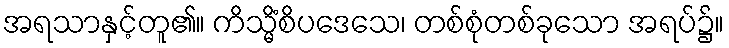
အရသာနှင့်တူ၏။ ကိသ္မိံစိပဒေသေ၊ တစ်စုံတစ်ခုသော အရပ်၌။